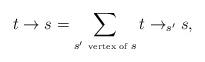
LaTeX: \begin{align*} t\rightarrow s=\sum_{s' \hbox{ \tiny{vertex of} } s} t\rightarrow_{s'}s,\end{align*}